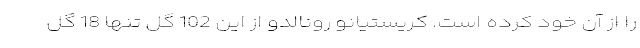
را از آن خود کرده است. کریستیانو رونالدو از این 102 گل تنها 18 گل